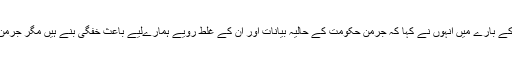
جرمنی کے ساتھ موجود سیاسی کشیدگی کے بارے میں انہوں نے کہا کہ جرمن حکومت کے حالیہ بیانات اور ان کے غلط رویے ہمارےلیے باعث خفگی بنے ہیں مگر جرمن عوام سے ہمیں کوئی گلہ شکوہ نہیں ہے۔